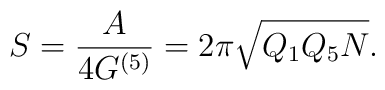
S = \frac A{4G^{(5)}} = 2\pi\sqrt{Q_1Q_5N}.